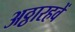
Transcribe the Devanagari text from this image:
अठ्ठारहवें